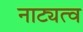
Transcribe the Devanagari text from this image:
नाट्यत्व